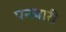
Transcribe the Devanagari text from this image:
पनवारी